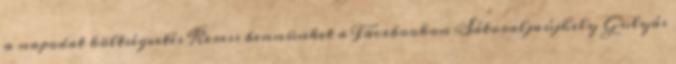
a napodat költségvetés Keress bennünket a Facebookon Sátoraljaújhely Gulyás